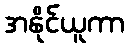
အနိုင်ယူကာ